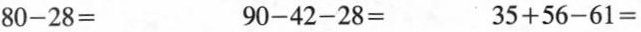
$$8 0 - 2 8 =$$ $$9 0 - 4 2 - 2 8 =$$ $$3 5 + 5 6 - 6 1 =$$